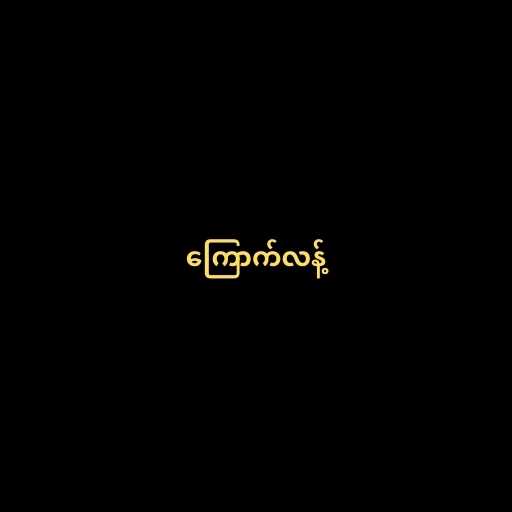
ကြောက်လန့်